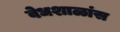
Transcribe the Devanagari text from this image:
वेधशाळांस